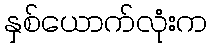
နှစ်ယောက်လုံးက